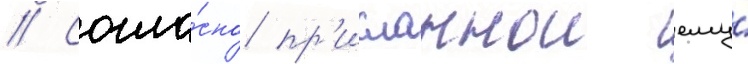
// Согла́сно пр'исланнои ему́